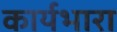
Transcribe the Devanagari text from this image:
कार्यभारा